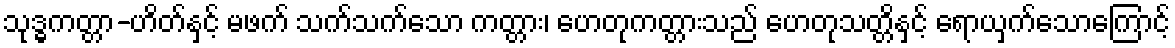
သုဒ္ဓကတ္တာ-ဟိတ်နှင့် မဖက် သက်သက်သော ကတ္တား၊ ဟေတုကတ္တားသည် ဟေတုသတ္တိနှင့် ရောယှက်သောကြောင့်